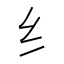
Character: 纟